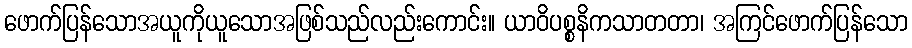
ဖောက်ပြန်သောအယူကိုယူသောအဖြစ်သည်လည်းကောင်း။ ယာဝိပစ္စနိကသာတတာ၊ အကြင်ဖောက်ပြန်သော